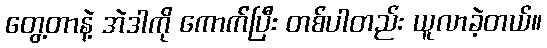
တွေ့တာနဲ့ အဲဒါကို ကောက်ပြီး တစ်ပါတည်း ယူလာခဲ့တယ်။